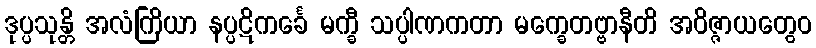
ဒုပ္ပသုန္တိ အလံကြိယာ နပ္ပဋိကင်္ခေ မက္ခီ သပ္ပါဏကတာ မက္ခေတဗ္ဗာနီတိ အဝိဇ္ဇာယတွေဝ